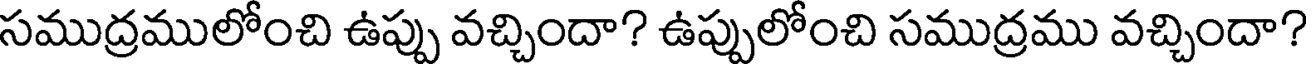
సముద్రములోంచి ఉప్పు వచ్చిందా? ఉప్పులోంచి సముద్రము వచ్చిందా?